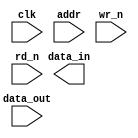
`timescale 1ns / 10ps
module  sfr_mem(        clk, 
                        addr,     
                        data_in,
                        data_out,
                        wr_n,       
                        rd_n) ; 
input           clk;                        
input   [7:0]   addr;         
input   [7:0]   data_out;     
output  [7:0]   data_in;  
input           wr_n;
input           rd_n;   
reg     [7:0]   mem [255:0];
integer   i;
initial
  begin
  for (i=0;i<=255;i=i+1)
    mem[i] = 0;
  end
  
//assign data_out = rd_n ? 8'hxx : mem[addr];
assign data_out = mem[addr];

always @(clk)  
  begin
  if(!wr_n)     
    mem[addr] <=#1 data_in;       
  end  
  
endmodule